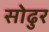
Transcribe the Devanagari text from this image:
सोढुर